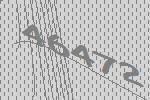
46472